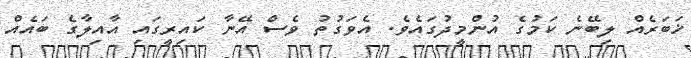
ޚަބަރެއް ލިބޭނެ ކަމުގެ އުންމީދުގައެވެ. އެވަގުތު ވެސް އޭނާ ކައިރީގައި އާއިލާގެ ބައެއް